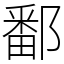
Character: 鄱